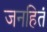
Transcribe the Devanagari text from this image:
जनहितं